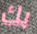
بك